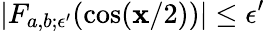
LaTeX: |F_{a,b;\epsilon^{\prime}}(\cos(\mathbf{x}/2))|\le\epsilon^{\prime}